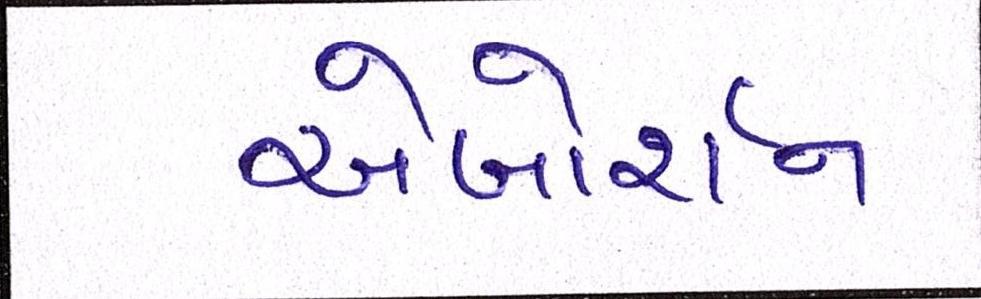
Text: એબોર્શન